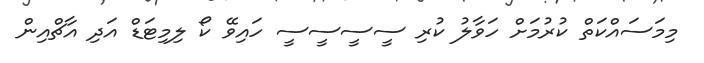
މިމަސައްކަތް ކުރުމަށް ހަވާލު ކުރި ސީސީސީސީ ހައިވޭ ކޯ ލިމިޓަޑް އަދި އާޗްއިން